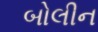
બોલીન